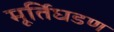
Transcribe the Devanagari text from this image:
मूर्तिघडण